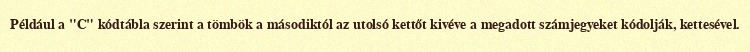
Például a "C" kódtábla szerint a tömbök a másodiktól az utolsó kettőt kivéve a megadott számjegyeket kódolják, kettesével.